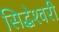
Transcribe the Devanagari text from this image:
सिद्धेश्‍वरी